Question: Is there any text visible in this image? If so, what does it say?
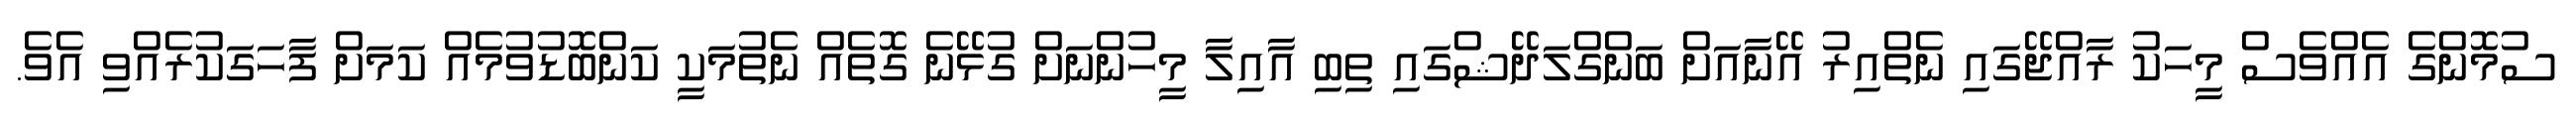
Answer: ސުމޮންގެ އެއްވެސް މީހަކު ރާއްޖޭގައި ނެތްއިރު އޭނާއަށް ބަންގްލަދޭޝްގައި ތިބި އާއިލާ މީހުންނަށް ގުޅޭނެ ގޮތެއް ނެތުމަކީ ކަންބޮޑުވުމެއް ކަމަށް ފާހަގަކުރެއްވި އެވެ.